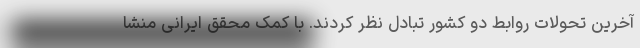
آخرین تحولات روابط دو کشور تبادل نظر کردند. با کمک محقق ایرانی منشا